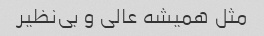
مثل همیشه عالی و بی‌نظیر